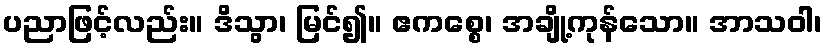
ပညာဖြင့်လည်း။ ဒိသွာ၊ မြင်၍။ ဧကစ္စေ၊ အချို့ကုန်သော။ အာသဝါ၊